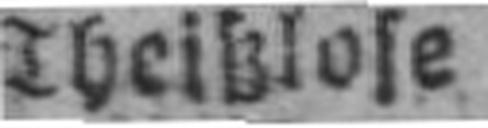
Theißlose